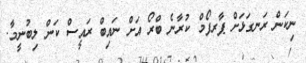
ނިކަން ރަނގަޅަށް ޕާރފޯމް ކުރާނެ ބްރޯ އަށް ނައިބް ރައީސް ކަން ލިބުނީމާ.